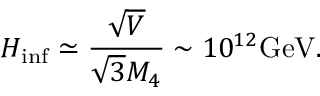
H _ { \mathrm { i n f } } \simeq \frac { \sqrt { V } } { \sqrt { 3 } M _ { 4 } } \sim 1 0 ^ { 1 2 } \mathrm { G e V } .